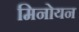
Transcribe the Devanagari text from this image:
मिनोयन